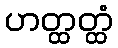
ဟတ္ထတ္ထံ